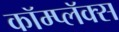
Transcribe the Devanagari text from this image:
कॉम्प्लॅक्स